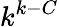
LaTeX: k^{k-C}